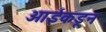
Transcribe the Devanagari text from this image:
आईंकडून